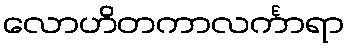
လောဟိတကာလင်္ကာရာ